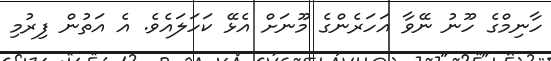
ހާނިމްގެ ހޫނު ނޭވާ އަހަރެންގެ މޫނަށް އެޅޭ ކަހަލައެވެ. އެ އަތުން ފިރުމި